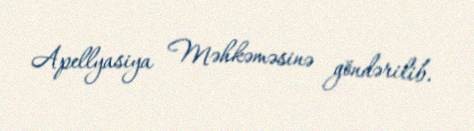
Apellyasiya Məhkəməsinə göndərilib.